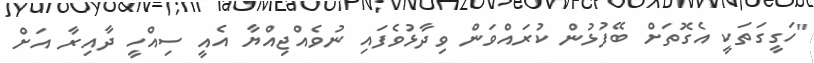
"ހަގީގަތަކީ އެގޮތަށް ބޭފުޅުން ކުރައްވަން ވިދާޅުވެފައި ނުވެއްޖިއްޔާ އެއީ ސިއްހީ ދާއިރާ އަށް